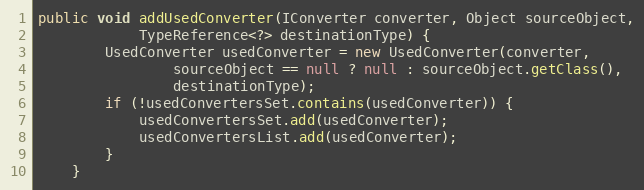
Language: Java
public void addUsedConverter(IConverter converter, Object sourceObject,
			TypeReference<?> destinationType) {
		UsedConverter usedConverter = new UsedConverter(converter,
				sourceObject == null ? null : sourceObject.getClass(),
				destinationType);
		if (!usedConvertersSet.contains(usedConverter)) {
			usedConvertersSet.add(usedConverter);
			usedConvertersList.add(usedConverter);
		}
	}